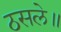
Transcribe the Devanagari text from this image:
ठसले॥